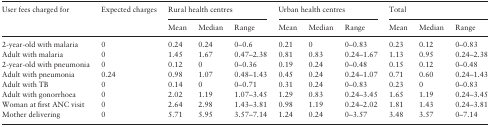
<table><thead><tr><td><b>User fees charged for</b></td><td><b>Expected charges</b></td><td colspan="3"><b>Rural health centres</b></td><td colspan="3"><b>Urban health centres</b></td><td colspan="3"><b>Total</b></td></tr><tr><td></td><td></td><td><b>Mean</b></td><td><b>Median</b></td><td><b>Range</b></td><td><b>Mean</b></td><td><b>Median</b></td><td><b>Range</b></td><td><b>Mean</b></td><td><b>Median</b></td><td><b>Range</b></td></tr></thead><tbody><tr><td>2-year-old with malaria</td><td>0</td><td>0.24</td><td>0.24</td><td>0–0.6</td><td>0.21</td><td>0</td><td>0–0.83</td><td>0.23</td><td>0.12</td><td>0–0.83</td></tr><tr><td>Adult with malaria</td><td>0</td><td>1.45</td><td>1.67</td><td>0.47–2.38</td><td>0.81</td><td>0.83</td><td>0.24–1.67</td><td>1.13</td><td>0.95</td><td>0.24–2.38</td></tr><tr><td>2-year-old with pneumonia</td><td>0</td><td>0.12</td><td>0</td><td>0–0.36</td><td>0.19</td><td>0.24</td><td>0–0.48</td><td>0.15</td><td>0.12</td><td>0–0.48</td></tr><tr><td>Adult with pneumonia</td><td>0.24</td><td>0.98</td><td>1.07</td><td>0.48–1.43</td><td>0.45</td><td>0.24</td><td>0.24–1.07</td><td>0.71</td><td>0.60</td><td>0.24–1.43</td></tr><tr><td>Adult with TB</td><td>0</td><td>0.14</td><td>0</td><td>0–0.71</td><td>0.31</td><td>0.24</td><td>0–0.83</td><td>0.23</td><td>0</td><td>0–0.83</td></tr><tr><td>Adult with gonorrhoea</td><td>0</td><td>2.02</td><td>1.19</td><td>1.07–3.45</td><td>1.29</td><td>0.83</td><td>0.24–3.45</td><td>1.65</td><td>1.19</td><td>0.24–3.45</td></tr><tr><td>Woman at first ANC visit</td><td>0</td><td>2.64</td><td>2.98</td><td>1.43–3.81</td><td>0.98</td><td>1.19</td><td>0.24–2.02</td><td>1.81</td><td>1.43</td><td>0.24–3.81</td></tr><tr><td>Mother delivering</td><td>0</td><td>5.71</td><td>5.95</td><td>3.57–7.14</td><td>1.24</td><td>0.24</td><td>0–3.57</td><td>3.48</td><td>3.57</td><td>0–7.14</td></tr></tbody></table>